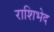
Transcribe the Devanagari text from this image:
राशिभेद